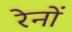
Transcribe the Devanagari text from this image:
रेनों